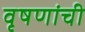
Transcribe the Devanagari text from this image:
वृषणांची